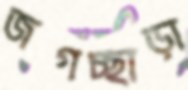
জগচ্ছাড়া